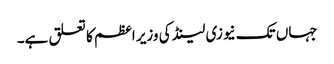
جہاں تک نیوزی لینڈ کی وزیر اعظم کا تعلق ہے۔